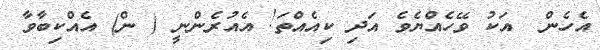
އެހެން  އަކު ވޭހެއްޔެވެ އަދި ކިއެއްތަ! އެއުރެންނީ ( ން) އެއްކިބާވާ